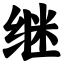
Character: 继